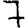
Digit: 7